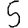
Digit: 5